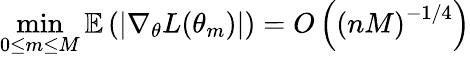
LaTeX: \operatorname*{min}_{0\leq m\leq M}\mathbb{E}\left(\left|\nabla_{\theta}L(\theta_{m})\right|\right)=O\left(\left(nM\right)^{-1/4}\right)